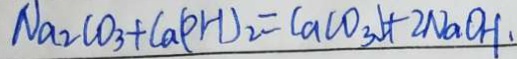
N a _ { 2 } C O _ { 3 } + C a ( O H ) _ { 2 } = C a C O _ { 3 } \downarrow + 2 N a O H .